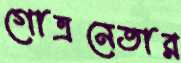
গোত্রনেতার